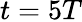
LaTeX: t=5T